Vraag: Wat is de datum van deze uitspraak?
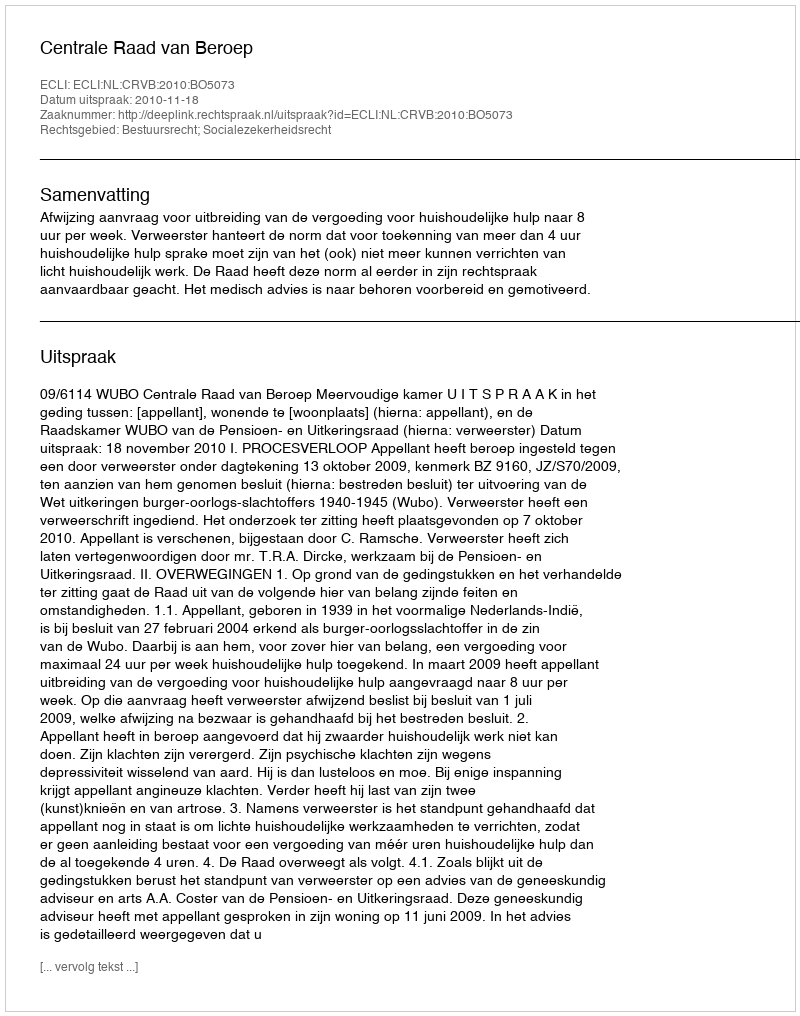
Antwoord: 2010-11-18